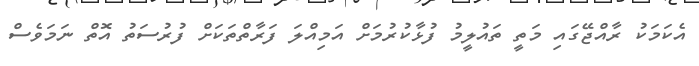
އެކަމަކު ރާއްޖޭގައި މަތީ ތައުލީމު ފުޅާކުރުމަށް އަމިއްލަ ފަރާތްތަކަށް ފުރުސަތު އޮތް ނަމަވެސް